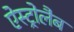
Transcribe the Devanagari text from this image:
ऐस्ट्रोलैब